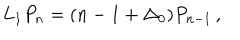
LaTeX: L _ { 1 } P _ { n } = ( n - 1 + \Delta _ { 0 } ) P _ { n - 1 } \, ,